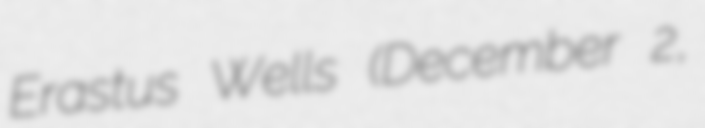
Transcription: Erastus Wells (December 2,